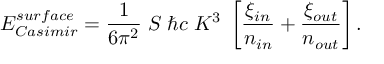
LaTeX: E _ { \small C a s i m i r } ^ { \small s u r f a c e } = { \frac { 1 } { 6 \pi ^ { 2 } } } \; S \; \hbar c \; K ^ { 3 } \; \left[ { \frac { \xi _ { \small i n } } { n _ { \small i n } } } + { \frac { \xi _ { \small o u t } } { n _ { \small o u t } } } \right] .